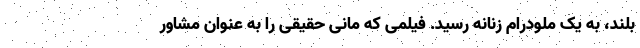
بلند، به یک ملودرام زنانه رسید. فیلمی که مانی حقیقی را به عنوان مشاور